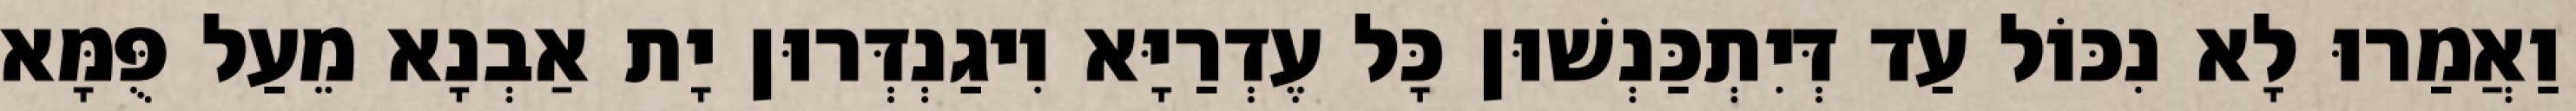
וַאֲמַרוּ לָא נִכּוֹל עַד דְּיִתְכַּנְשׁוּן כָּל עֶדְרַיָּא וִיגַנְדְּרוּן יָת אַבְנָא מֵעַל פֻּמָּא